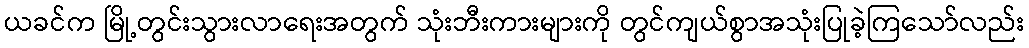
ယခင်က မြို့တွင်းသွားလာရေးအတွက် သုံးဘီးကားများကို တွင်ကျယ်စွာအသုံးပြုခဲ့ကြသော်လည်း